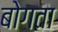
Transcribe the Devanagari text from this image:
बोगता